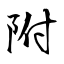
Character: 附